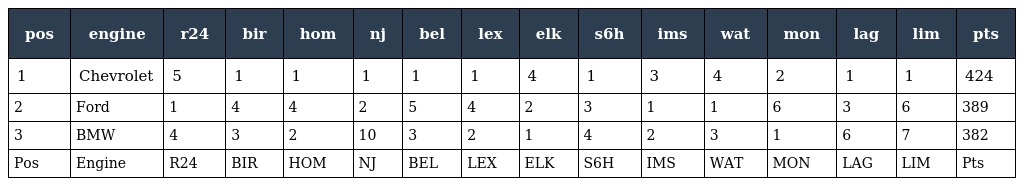
| pos | engine | r24 | bir | hom | nj | bel | lex | elk | s6h | ims | wat | mon | lag | lim | pts |
 | --- | --- | --- | --- | --- | --- | --- | --- | --- | --- | --- | --- | --- | --- | --- | --- |
 | 1 | Chevrolet | 5 | 1 | 1 | 1 | 1 | 1 | 4 | 1 | 3 | 4 | 2 | 1 | 1 | 424 |
 | 2 | Ford | 1 | 4 | 4 | 2 | 5 | 4 | 2 | 3 | 1 | 1 | 6 | 3 | 6 | 389 |
 | 3 | BMW | 4 | 3 | 2 | 10 | 3 | 2 | 1 | 4 | 2 | 3 | 1 | 6 | 7 | 382 |
 | Pos | Engine | R24 | BIR | HOM | NJ | BEL | LEX | ELK | S6H | IMS | WAT | MON | LAG | LIM | Pts |